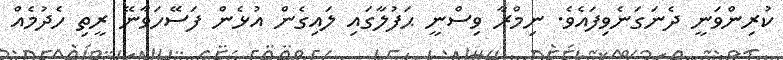
ކުރިންވަނީ ދެނަގަނެވިފައެވެ. ނިމްރާ ވިސްނީ ޙަފުލާގައި ލައިގެން އުޅެން ފަސޭހަވާނޭ ރީތި ހެދުމެއް